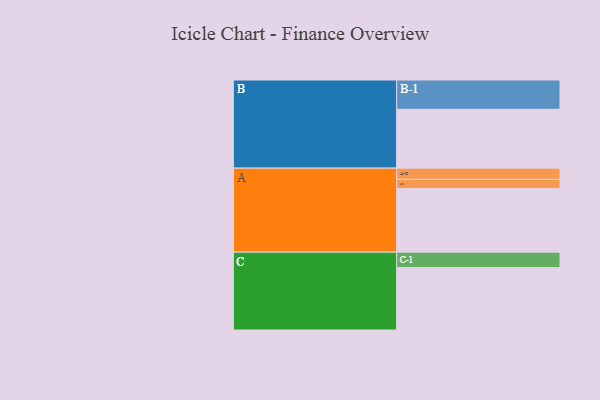
{"axis": {"x": "Segment", "y": "Value"}, "legend": ["", "A", "B", "C"], "data": [{"x": "A", "y": 538, "type": ""}, {"x": "B", "y": 498, "type": ""}, {"x": "C", "y": 528, "type": ""}, {"x": "A-1", "y": 78, "type": "A"}, {"x": "A-2", "y": 95, "type": "A"}, {"x": "B-1", "y": 248, "type": "B"}, {"x": "C-1", "y": 131, "type": "C"}]}